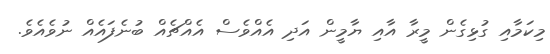
މިކަމާއި ގުޅިގެން މީރާ އާއި ޔާމީން އަދި އެއްވެސް އެއްޗެއް ބުނެފައެއް ނުވެއެވެ.